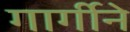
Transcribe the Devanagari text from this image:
गार्गीने